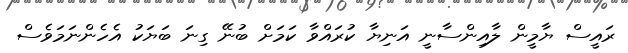
ރައީސް ޔާމީން ލާއިންސާނީ އަނިޔާ ކުރައްވާ ކަމަށް ބުނޭ ގިނަ ބަޔަކު އެހެންނަމަވެސް